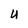
Character: U